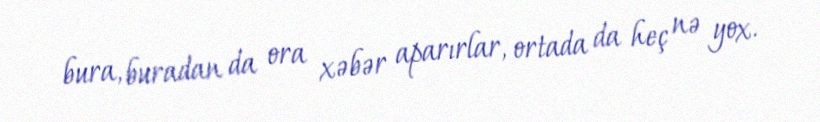
bura, buradan da ora xəbər aparırlar, ortada da heç nə yox.